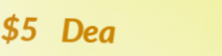
$5 Deal